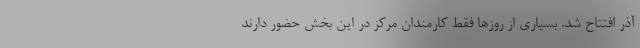
آذر افتتاح شد. بسیاری از روزها فقط کارمندان مرکز در این بخش حضور دارند